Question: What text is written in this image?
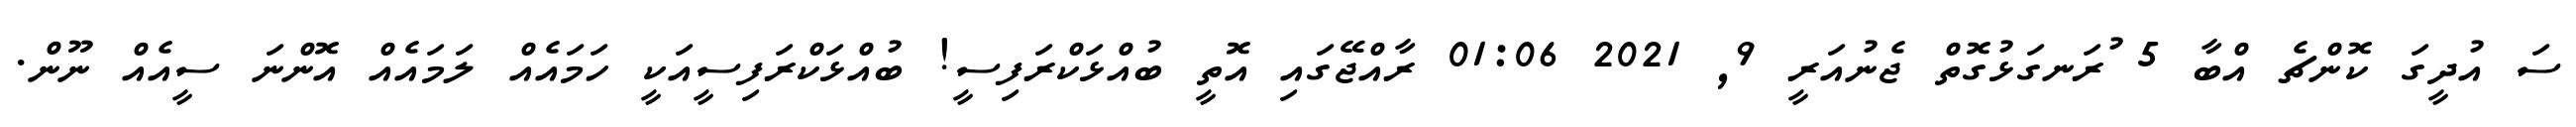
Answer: ސަ އުދީގަ ކޮންޗެ އްބާ 5 ުރަނގަޅުގޮތް ޖެނުއަރީ 9, 2021 01:06 ރާއްޖޭގައި އޮތީ ބުއްޅަކްރަފިސީ! ބުއްޅަކްރަފިސީއަކީ ހަމައެއް ލަމައެއް އޮންނަ ސީއެއް ނޫން.